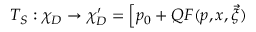
T _ { S } : \chi _ { D } \rightarrow \chi _ { D } ^ { \prime } = \Big [ p _ { 0 } + Q F ( p , x , \vec { \xi } )